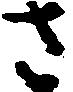
さ